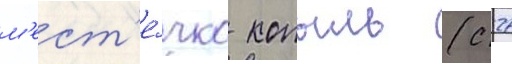
м'ест'е́чко копыль (с 27